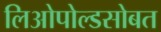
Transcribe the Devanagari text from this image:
लिओपोल्डसोबत